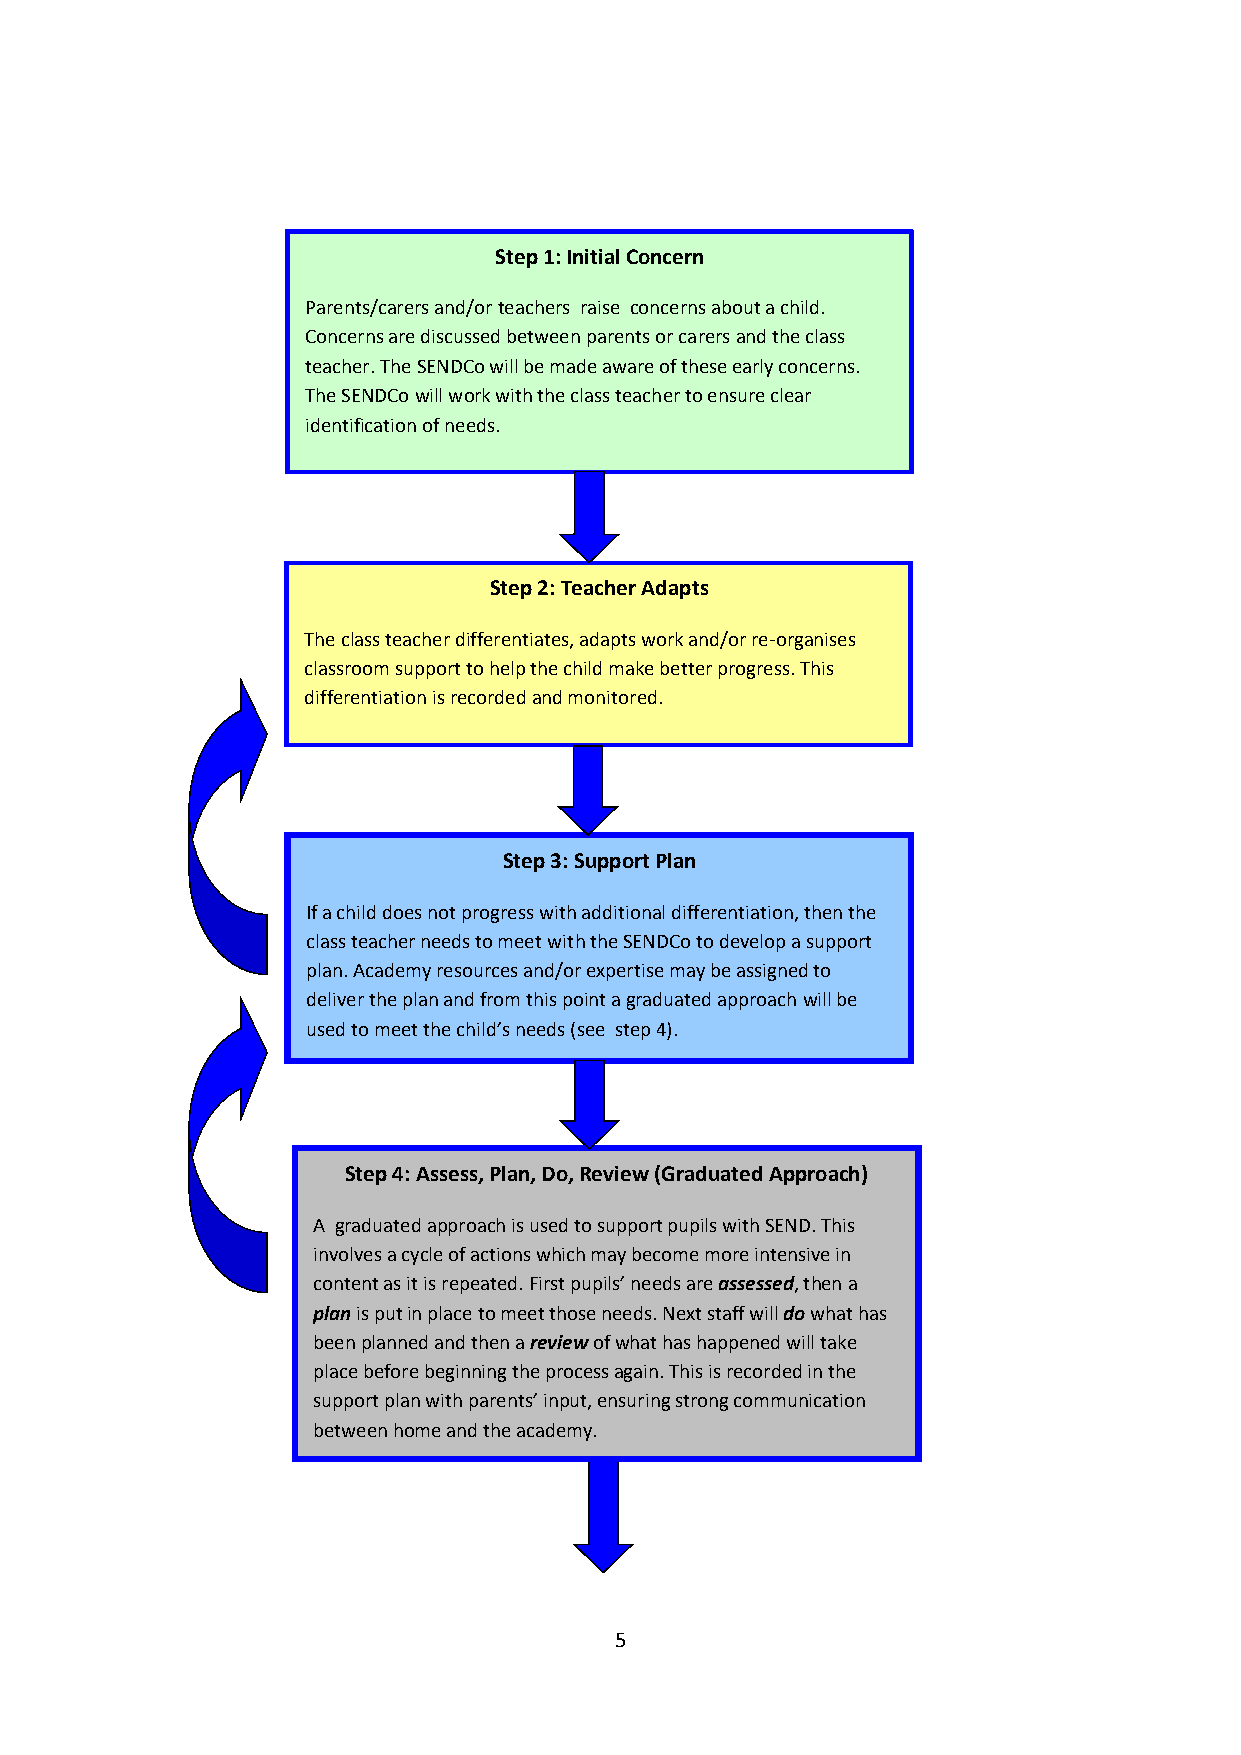
Step 1: Initial Concern
 Parents/carers and/or teachers raise concerns about a child.
 Concerns are discussed between parents or carers and the class
 teacher. The SENDCo will be made aware of these early concerns.
 The SENDCo will work with the class t eacher to ensure clear
 identification of needs.
 Step 2: Teacher Adapts
 The class teacher differentiates, adapts work and/or re-organises
 classroom support to help the child make better progress. This
 differentiation is recorded and monitored.
 Step 3: Support Plan
 If a child does not progress with addit ional differentiation, then the
 class teacher needs to meet with the SENDCo to develop a support
 plan. Academy resources and/or expertise may be assigned to
 deliver the plan and from this point a graduated approach will be
 used to meet the child’s needs (see step 4).
 Step 4: Assess, Plan, Do, Review (Graduated Approach)
 A graduated approach is used to support pupils with SEND. This
 involves a cycle of actions which may become more intensive in
 content as it is repeated. First pupils’ needs are assessed, then a
 plan is put in place to meet those needs. Next staff will do what has
 been planned and then a review of what has happened will take
 place before beginning the process again. This is recorded in the
 support plan with parents’ input, ensuring strong communication
 between home and the academy.
 5